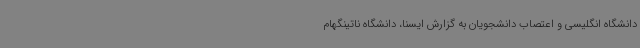
دانشگاه انگلیسی و اعتصاب دانشجویان به گزارش ایسنا، دانشگاه ناتینگهام